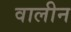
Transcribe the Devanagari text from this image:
वालीन